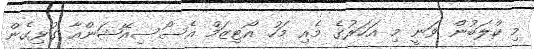
މި ކްލަބުން ވަނީ މި އަހަރުގެ މެއި މަހު އޯޓިޒަމް އެސޯސިއޭޝަންއާ ގުޅިގެން